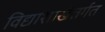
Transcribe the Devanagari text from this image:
विद्याशाखेंतर्गत